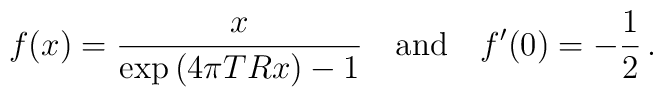
f(x)=\frac{x}{\exp{(4\pi T R x)}-1}\quad  \mbox{and}\quad f'(0)=-\frac{1}{2}\,{.}